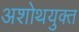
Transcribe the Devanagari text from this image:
अशोथयुक्त